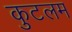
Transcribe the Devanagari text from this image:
कुटलम